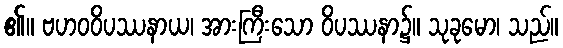
၏။ ဗဟဝဝိပဿနာယ၊ အားကြီးသော ဝိပဿနာ၌။ သုခုမော၊ သည်။